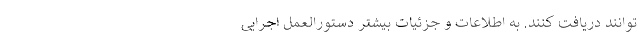
‌توانند دریافت کنند. به اطلاعات و جزئیات بیشتر دستورالعمل اجرایی